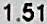
1.51